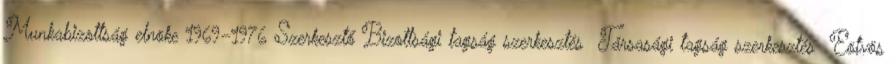
Munkabizottság elnöke 1969–1976 Szerkesztő Bizottsági tagság szerkesztés Társasági tagság szerkesztés Eötvös